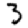
Digit: 3